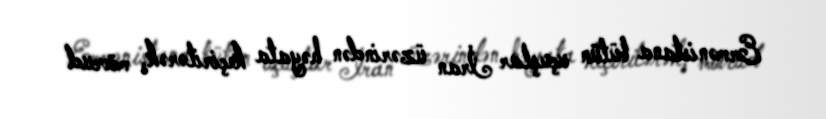
Ermənistana bütün uçuşlar İran üzərindən həyata keçirilərək, mövcud